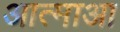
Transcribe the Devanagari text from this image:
आत्माआ